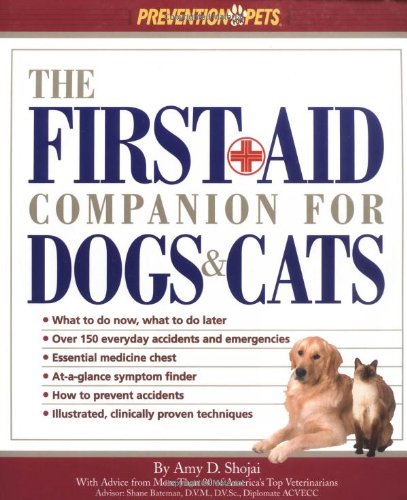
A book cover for The First Aid Companion for Dogs & Cats (Prevention Pets); Amy D. Shojai; Crafts, Hobbies & Home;